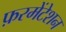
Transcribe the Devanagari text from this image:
फ़रमेंटेशन